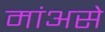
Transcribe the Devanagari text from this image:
मांअसे